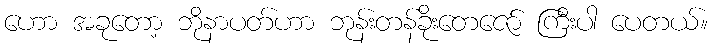
ဟော အခုတော့ ဘိုနာပတ်ဟာ ဘုန်းတန်ခိုးတေဇော် ကြီးပါ ပေတယ်။